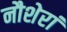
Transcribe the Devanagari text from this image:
नौशेरां